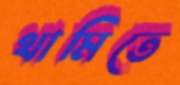
থামিতে